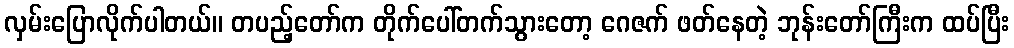
လှမ်းပြောလိုက်ပါတယ်။ တပည့်တော်က တိုက်ပေါ်တက်သွားတော့ ဂေဇက် ဖတ်နေတဲ့ ဘုန်းတော်ကြီးက ထပ်ပြီး